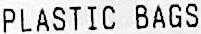
PLASTIC BAGS